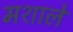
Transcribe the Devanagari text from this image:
मशाले